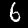
Digit: 6